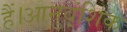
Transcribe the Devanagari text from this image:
हैं।आनुव्ंशिक